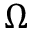
\Omega